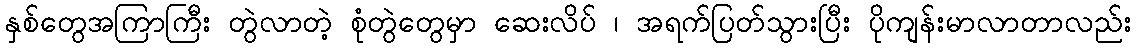
နှစ်တွေအကြာကြီး တွဲလာတဲ့ စုံတွဲတွေမှာ ဆေးလိပ် ၊ အရက်ပြတ်သွားပြီး ပိုကျန်းမာလာတာလည်း